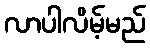
လာပါလိမ့်မည်